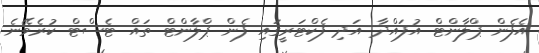
އެފެން ޕްލާންޓް އުފައްދާ އަދި ފެކްޓަރީގައި ފެން ޕްލާންޓް ތައް ޓެސްޓް ކުރެވޭނެ